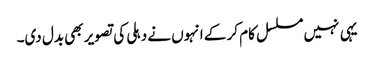
یہی نہیں مسلسل کام کر کے انہوں نے دہلی کی تصویر بھی بدل دی۔